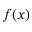
f ( x )